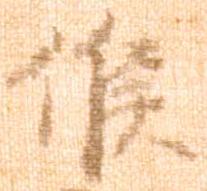
候